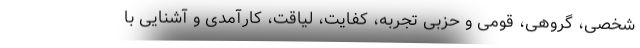
شخصی، گروهی، قومی و حزبی تجربه، کفایت، لیاقت، کارآمدی و آشنایی با